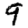
Digit: 9